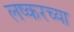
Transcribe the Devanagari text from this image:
लष्करच्या